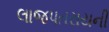
લાજપતરાયની